Lunatic asylums United Provinces 1899-1908 - 1899-1908
Year: 1899
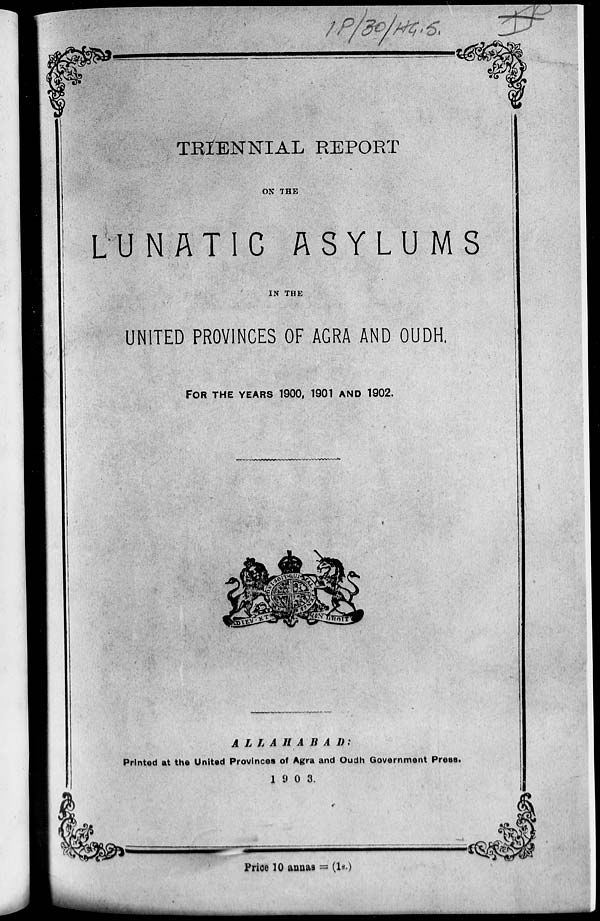
TRIENNIAL
REPORT
ON THE
LUNATIC ASYLUMS
IN THE
UNITED PROVINCES OF AGRA AND OUDH,
FOR THE YEARS 1900, 1901 AND 1902.
ALLAHABAD:
Printed at the United Provinces of Agra and Oudh Government Press.
1903.
Price 10 annas = (1s.)